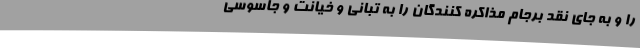
را و به جای نقد برجام مذاکره کنندگان را به تبانی و خیانت و جاسوسی